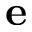
\mathbf { e }